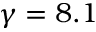
\gamma = 8 . 1